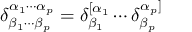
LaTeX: \delta _ { \beta _ { 1 } \cdots \beta _ { p } } ^ { \alpha _ { 1 } \cdots \alpha _ { p } } = \delta _ { \beta _ { 1 } } ^ { [ \alpha _ { 1 } } \cdots \delta _ { \beta _ { p } } ^ { \alpha _ { p } ] }